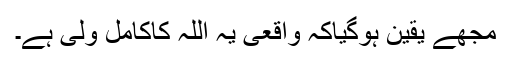
مجھے یقین ہوگیاکہ واقعی یہ اللہ کاکامل ولی ہے۔